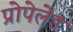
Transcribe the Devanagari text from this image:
प्रोपेलेड